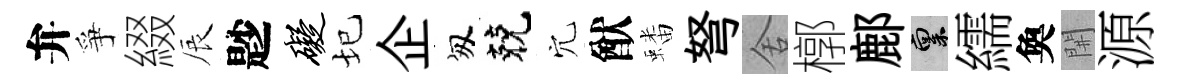
弁爭綴辰尟碍圮企匆兢穴猷蟠弩舍槨鄜禀繻奐𨳩源